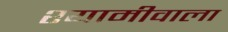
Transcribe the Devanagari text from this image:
श्यामीवाला